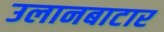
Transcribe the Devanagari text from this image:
उलानबाटार